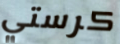
كرستي